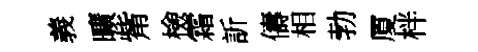
義曠觜檢霜訢儔相勃厦柈